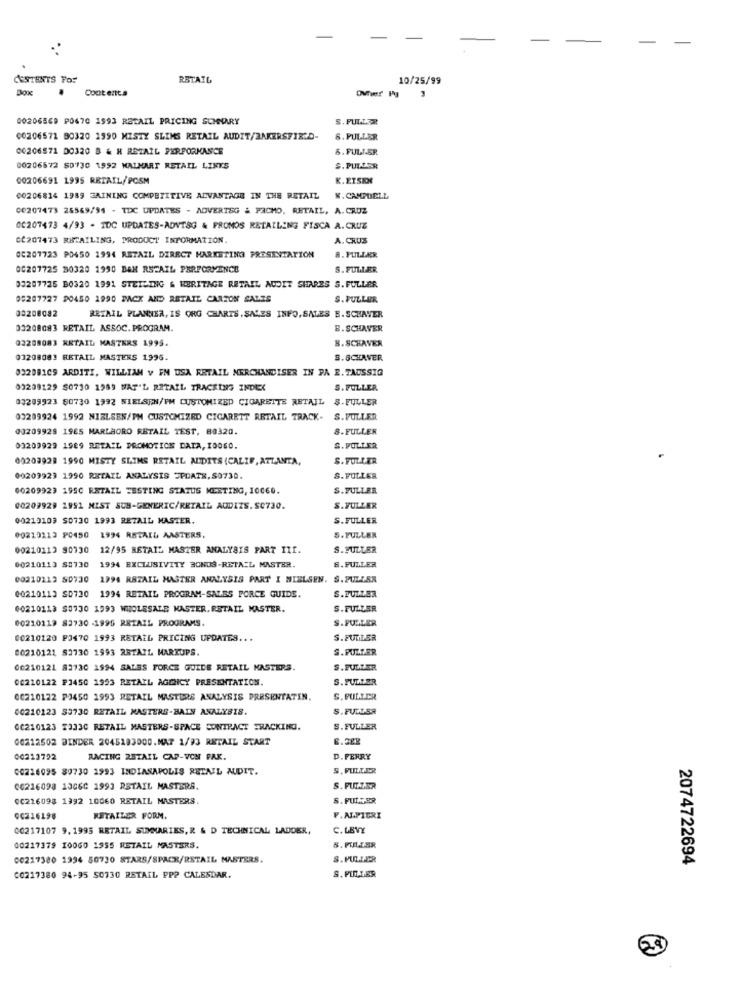
. .
CESTENTS YO!
RETAIL
10/25/99
Box
Contents
00206569 P0470 1993 RETAIL PRICING SUMMARY
S. PULLTR
00206571 90320 1990 MISTY SLIMS RETAIL AUDIT/BAKERSFIELD-
6.PULLER
00206571 DO320 B & H RETAIL PERFORMANCE
6. FULLER
00206572 50730 1992 WALMART RETAIL LINKS
S.PULJER
00206691 1995 RETAIL/POSM
K.ETSEXE
00206814 1989 GAINING COMPETITIVE ADVANTAGE IN THE RETAIL
K. CAMPBELL
00207473 25569/94 . TDC UPDATES - ADVERTSG & PACHO, RETAIL, A. CRUZ
00207473 4/93 - IDC UPDATES-ADVISG & PROMOS RETAILING FISCA A.CRUZ
CC207473 RETAILING, PRODUCT INFORMATION.
A. CRUS
00207723 PO450 1994 RETAIL DIRECT MARKETING PRESENTATION
8. FULLER
00207725 80320 1990 BAH RETAIL PERFORMENCE
S. FULLER
03207725 B0320 1991 STEILING & HERITAGE RETAIL AUDIT SHARES S. FULLER
05267727 PO450 1990 PACK AND RETAIL CARTON SALES
S. FULLER
08208082
RETAIL PLANNER, IS ORG CHARTS. SALES INFO, SALES B.SCHAVER
03208083 RETAIL ASSOC. PROGRAM.
B.SCHAVER
Q2208083 RETAIL MASTERS 1995.
B. SCHAVER
03208083 RETAIL MASTERS 1996.
B.SCHAVER
332081CS ARDITI, WILLIAM v FN USA RETAIL MERCHANDISER IN PA E. TAUSSIG
03209129 $0730 1989 WAT'L RETAIL TRACKING INDEX
S.FULLER
03209923 60730 1992 NIELSEN/FM CUSTOMIZED CIGARETTE RETAIL $.FULLER
03209924 1992 NIELSEN/PM CUSTOMIZED CIGARETT RETAIL TRACK-
S.PULLER
00209929 19ES MARLBORO RETAIL TEST, 80320.
8. FULLER
03209929 1989 RETAIL PROMOTION DATA, IDO60.
S.POLLER
60203923 1990 MISTY SLIMS RETAIL AUDITS (CALIF, ATLANTA,
S. FULLER
00209923 1990 RETAIL ANALYSIS UPDATE, S0730.
S. FULLER
60209923 1950 RETAIL TESTING STATUS MEETING, 10060.
S.FULLER
00209929 2991 MIST SUB-GENERIC/RETAIL AUDIZS. SC730.
S. VULLER
00210103 S0730 1993 RETAIL MASTER.
S.FULLER
00210113 P0450 1994 RETAIL AMSTERS,
S.FULLER
00210113 90730 12/95 RETAIL MASTER ANALYSIS PART III.
S. FULLER
00210110 80730 1994 EXCLUSIVITY BONUS-RETAIL MASTER.
8.FULLER
00210212 80730
1994 RETAIL MASTER ANALYSIS PART I NIELSEN. S.FULLER
S.FULLER
00210113 S0730 1994 RETAIL PROGRAM-SALES FORCE GUIDE.
00210113 50730 1993 WHOLESALE MASTER, RETAIL MASTER.
S.FULLER
S.FUGLER
00210119 83730 -1995 RETAIL PROGRAMS.
00210120 P3470 1993 RETAIL PRICING UPDATES ...
S.FULLER
00210121 53730 1993 RETAIL MARKUPS.
S.PULLER
00210121 83730 1994 SALES FORCE GUIDE RETAIL MASTERS.
S.PULLER
00210122 P3450 1993 RETAIL AGENCY PRESENTATION.
S.PULLER
06210122 PJ450 1993 RETAIL MASTERS ANALYSIS PRESENTATIN.
S. PULLER
00210123 $3730 RETAIL MASTERS-BAIN ANALYSIS.
S. FULLER
00210123 7333C RETAIL MASTERS-SPACE CONTRACT FRACKING.
S.FULLER
00212502 BINDER 2045183000.MAT 1/93 RETAIL START
6.2ER
00213792
RACING RETAIL CAP-VON FAK.
D.FERRY
CO216095 89730 1993 INDIANAPOLIS RETAIL AUDIT.
S. PILLER
00216098 13060 1993 RSTAIL MASTERS.
S. PUT.L.SR
00216098 1392 10060 RETAIL MASTERS.
S. PULTER
00216198
RETAILER FORM.
F.ALPIGRI
00217107 9. 1995 RETAIL SUMMARIES, R & D TECHNICAL LADDER,
C. LEVY
00217379 10060 1955 RETAIL MASTERS.
5. FULLSR
00217380 1994 50730 STARS/SPACE/RETAIL MASTERS.
S.PUTER
2074722694
C0217380 94-95 SO730 RETAIL PP? CALENDAR.
S. PULLER